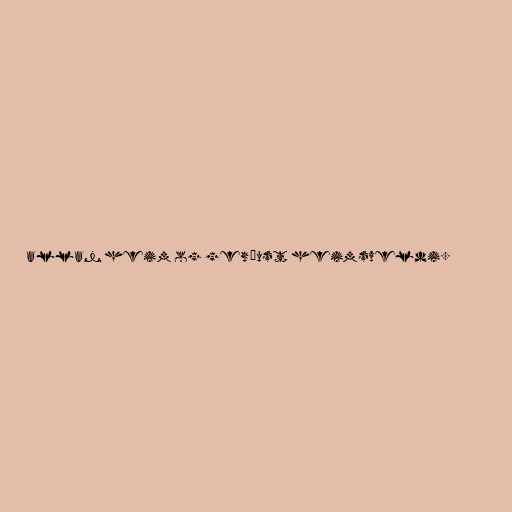
allan heim og gerðust heimsveldi.